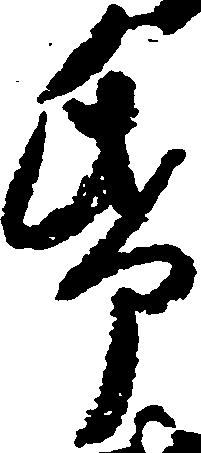
紙